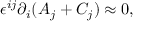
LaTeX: \epsilon ^ { i j } \partial _ { i } ( A _ { j } + C _ { j } ) \approx 0 ,